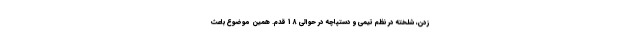
زدن، شلخته در نظم تیمی و دستپاچه در حوالی 18 قدم. همین موضوع باعث